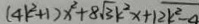
( 4 k ^ { 2 } + 1 ) x ^ { 2 } + 8 \sqrt { 3 } k ^ { 2 } x + 1 2 k ^ { 2 } - 4